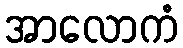
အာလောကံ